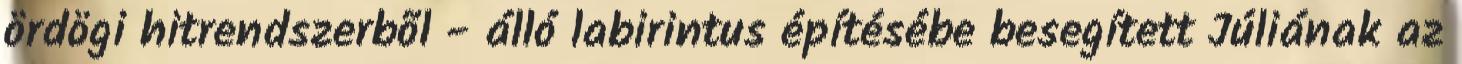
ördögi hitrendszerbõl - álló labirintus építésébe besegített Júliának az